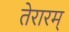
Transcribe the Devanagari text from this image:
तेरारम्‌